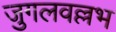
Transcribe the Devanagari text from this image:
जुगलवल्लभ